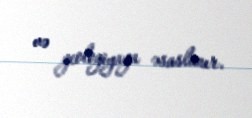
və geologiyaya əsaslanır.